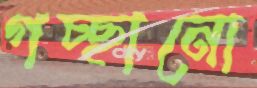
গচ্ছানো